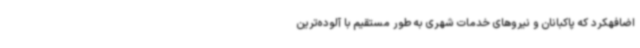
اضافهکرد که پاکبانان و نیروهای خدمات شهری به طور مستقیم با آلوده‌ترین